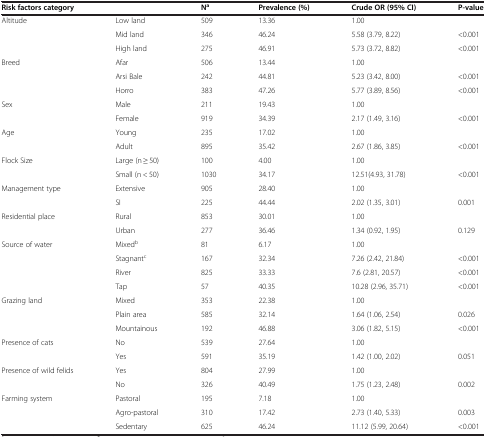
<table><thead><tr><td colspan="2"><b>Risk factors category</b></td><td><b>N<sup>a</sup></b></td><td><b>Prevalence (%)</b></td><td><b>Crude OR (95% CI)</b></td><td><b>P-value</b></td></tr></thead><tbody><tr><td>Altitude</td><td>Low land</td><td>509</td><td>13.36</td><td>1.00</td><td> </td></tr><tr><td> </td><td>Mid land</td><td>346</td><td>46.24</td><td>5.58 (3.79, 8.22)</td><td>&lt;0.001</td></tr><tr><td> </td><td>High land</td><td>275</td><td>46.91</td><td>5.73 (3.72, 8.82)</td><td>&lt;0.001</td></tr><tr><td>Breed</td><td>Afar</td><td>506</td><td>13.44</td><td>1.00</td><td> </td></tr><tr><td> </td><td>Arsi Bale</td><td>242</td><td>44.81</td><td>5.23 (3.42, 8.00)</td><td>&lt;0.001</td></tr><tr><td> </td><td>Horro</td><td>383</td><td>47.26</td><td>5.77 (3.89, 8.56)</td><td>&lt;0.001</td></tr><tr><td>Sex</td><td>Male</td><td>211</td><td>19.43</td><td>1.00</td><td> </td></tr><tr><td> </td><td>Female</td><td>919</td><td>34.39</td><td>2.17 (1.49, 3.16)</td><td>&lt;0.001</td></tr><tr><td>Age</td><td>Young</td><td>235</td><td>17.02</td><td>1.00</td><td> </td></tr><tr><td> </td><td>Adult</td><td>895</td><td>35.42</td><td>2.67 (1.86, 3.85)</td><td>&lt;0.001</td></tr><tr><td>Flock Size</td><td>Large (n ≥ 50)</td><td>100</td><td>4.00</td><td>1.00</td><td> </td></tr><tr><td> </td><td>Small (n &lt; 50)</td><td>1030</td><td>34.17</td><td>12.51(4.93, 31.78)</td><td>&lt;0.001</td></tr><tr><td>Management type</td><td>Extensive</td><td>905</td><td>28.40</td><td>1.00</td><td> </td></tr><tr><td> </td><td>SI</td><td>225</td><td>44.44</td><td>2.02 (1.35, 3.01)</td><td>0.001</td></tr><tr><td>Residential place</td><td>Rural</td><td>853</td><td>30.01</td><td>1.00</td><td> </td></tr><tr><td> </td><td>Urban</td><td>277</td><td>36.46</td><td>1.34 (0.92, 1.95)</td><td>0.129</td></tr><tr><td>Source of water</td><td>Mixed<sup>b</sup></td><td>81</td><td>6.17</td><td>1.00</td><td> </td></tr><tr><td> </td><td>Stagnant<sup>c</sup></td><td>167</td><td>32.34</td><td>7.26 (2.42, 21.84)</td><td>&lt;0.001</td></tr><tr><td> </td><td>River</td><td>825</td><td>33.33</td><td>7.6 (2.81, 20.57)</td><td>&lt;0.001</td></tr><tr><td> </td><td>Tap</td><td>57</td><td>40.35</td><td>10.28 (2.96, 35.71)</td><td>&lt;0.001</td></tr><tr><td>Grazing land</td><td>Mixed</td><td>353</td><td>22.38</td><td>1.00</td><td> </td></tr><tr><td> </td><td>Plain area</td><td>585</td><td>32.14</td><td>1.64 (1.06, 2.54)</td><td>0.026</td></tr><tr><td> </td><td>Mountainous</td><td>192</td><td>46.88</td><td>3.06 (1.82, 5.15)</td><td>&lt;0.001</td></tr><tr><td>Presence of cats</td><td>No</td><td>539</td><td>27.64</td><td>1.00</td><td> </td></tr><tr><td> </td><td>Yes</td><td>591</td><td>35.19</td><td>1.42 (1.00, 2.02)</td><td>0.051</td></tr><tr><td>Presence of wild felids</td><td>Yes</td><td>804</td><td>27.99</td><td>1.00</td><td> </td></tr><tr><td> </td><td>No</td><td>326</td><td>40.49</td><td>1.75 (1.23, 2.48)</td><td>0.002</td></tr><tr><td>Farming system</td><td>Pastoral</td><td>195</td><td>7.18</td><td>1.00</td><td> </td></tr><tr><td> </td><td>Agro-pastoral</td><td>310</td><td>17.42</td><td>2.73 (1.40, 5.33)</td><td>0.003</td></tr><tr><td> </td><td>Sedentary</td><td>625</td><td>46.24</td><td>11.12 (5.99, 20.64)</td><td>&lt;0.001</td></tr></tbody></table>